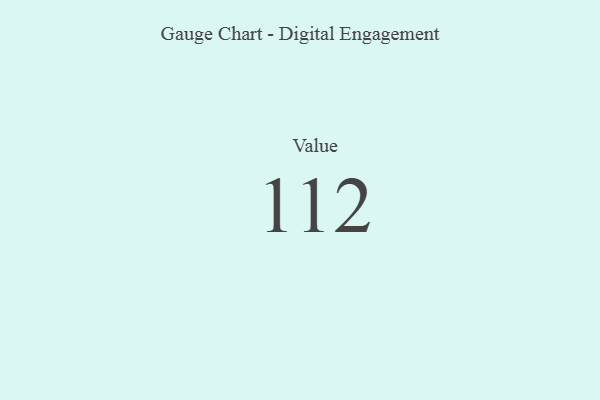
{"axis": {"x": "Metric", "y": "Value"}, "legend": [""], "data": [{"x": "Value", "y": 112, "type": ""}]}